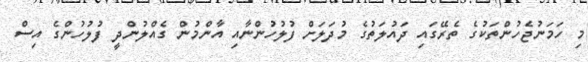
މި ހަމަނުޖެހުންތަކުގެ ތެރޭގައި ދައުލަތުގެ މުދަލަށް ފުލުހުންނާއި އާންމުން ގެއްލުންދީ ފުލުހުންގެ އިސް